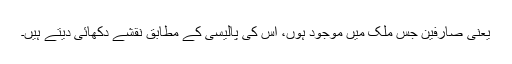
یعنی صارفین جس ملک میں موجود ہوں، اس کی پالیسی کے مطابق نقشے دکھائی دیتے ہیں۔